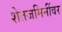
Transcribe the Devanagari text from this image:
शेतजमिनींवर